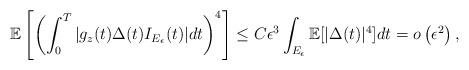
LaTeX: \begin{align*}\mathbb{E}\left[ \left( \int_{0}^{T}|g_{z}(t)\Delta(t)I_{E_{\epsilon}}(t)|dt\right) ^{4}\right] \leq C\epsilon^{3}\int_{E_{\epsilon}}\mathbb{E}[|\Delta(t)|^{4}]dt=o\left( \epsilon^{2}\right) ,\end{align*}